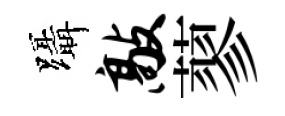
躡敲蓼